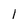
Character: 1